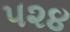
૫૨૪